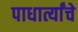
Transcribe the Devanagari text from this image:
पाधार्त्यांचे